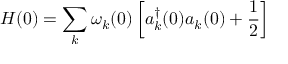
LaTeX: H ( 0 ) = \sum _ { k } \omega _ { k } ( 0 ) \left[ { a } _ { k } ^ { \dagger } ( 0 ) { a } _ { k } ( 0 ) + \frac { 1 } { 2 } \right]